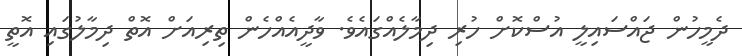
ދެމީހުން ޖައްސައިލީ އުސްކޮށް ހުރި ދިމާލެއްގައެވެ. ވާދީއެއްހެން ތިރިއަށް އޮތް ދިމާލުގައި އޮތީ